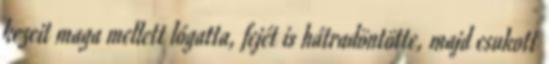
kezeit maga mellett lógatta, fejét is hátradöntötte, majd csukott